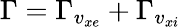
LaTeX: \Gamma=\Gamma_{v_{xe}}+\Gamma_{v_{xi}}